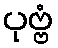
ပုဗ္ဗံ